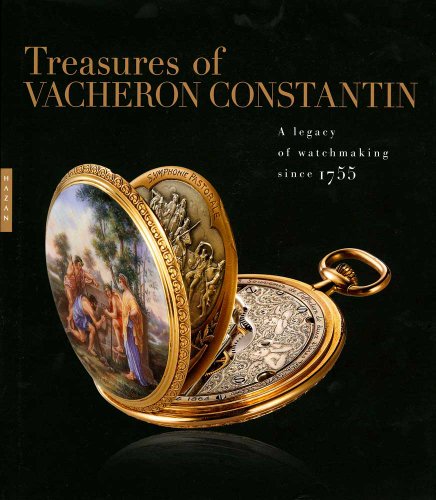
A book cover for Treasures of Vacheron Constantin: A Legacy of Watchmaking since 1755 (Editions Hazan); Julien Marchenoir; Crafts, Hobbies & Home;